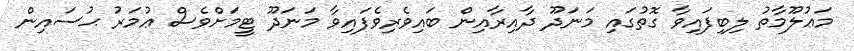
މަޢުލޫމާތު ލިބިފައިވާ ގޮތުގައި މަނަދޫ ދާއިރާއިން ބައިވެރިވެފައިވާ މަނަދޫ ޓީމަށްވެސް ޢުމަރު ޙުސައިން